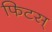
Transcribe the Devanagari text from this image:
फिटस्‌